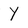
Character: Y